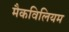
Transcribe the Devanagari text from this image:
मैकविलियम